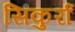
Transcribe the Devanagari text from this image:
सिकुर्रा